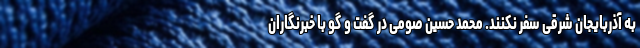
به آذربایجان شرقی سفر نکنند. محمد حسین صومی در گفت و گو با خبرنگاران